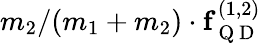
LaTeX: m_{2}/(m_{1}+m_{2})\cdot\mathbf{f}_{\mathrm{~Q~D~}}^{(1,2)}